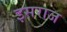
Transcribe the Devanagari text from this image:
इसराज